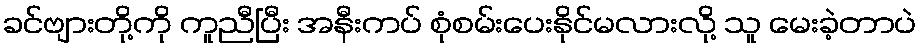
ခင်ဗျားတို့ကို ကူညီပြီး အနီးကပ် စုံစမ်းပေးနိုင်မလားလို့ သူ မေးခဲ့တာပဲ